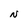
Character: N